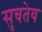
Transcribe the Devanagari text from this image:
सुचतेय